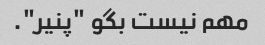
مهم نیست بگو "پنیر".